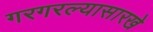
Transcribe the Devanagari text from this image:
गरगरल्यासारखे